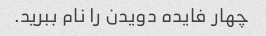
چهار فایده دویدن را نام ببرید.